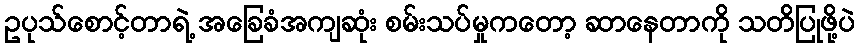
ဥပုသ်စောင့်တာရဲ့ အခြေခံအကျဆုံး စမ်းသပ်မှုကတော့ ဆာနေတာကို သတိပြုဖို့ပဲ